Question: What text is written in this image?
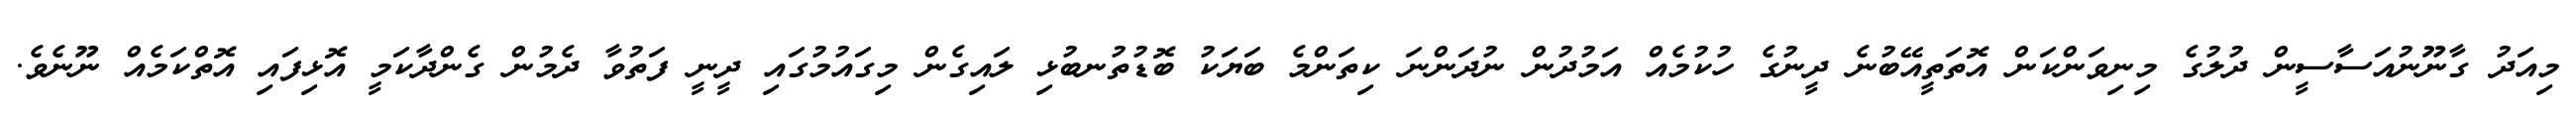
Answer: މިއަދު ގާނޫނުއަސާސީން ދުލުގެ މިނިވަންކަން އޮތަތީއޭބުނެ ދީނުގެ ހުކުމެއް އަމުދުން ނުދަންނަ ކިތަންމެ ބަޔަކު ބޮޑުތުނބުޅި ލައިގެން މިގައުމުގައި ދީނީ ފަތުވާ ދެމުން ގެންދާކަމީ އޮޅިފައި އޮތްކަމެއް ނޫނެވެ.